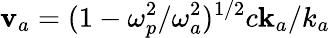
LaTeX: \mathbf{v}_{a}=(1-\omega_{p}^{2}/\omega_{a}^{2})^{1/2}c\mathbf{k}_{a}/k_{a}